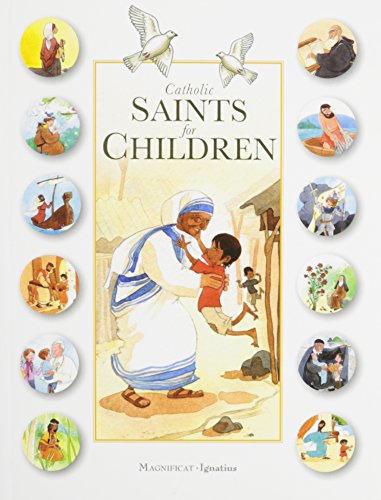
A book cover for Catholic Saints for Children; AnneEEsophie Du BouÃ«tiez; Christian Books & Bibles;